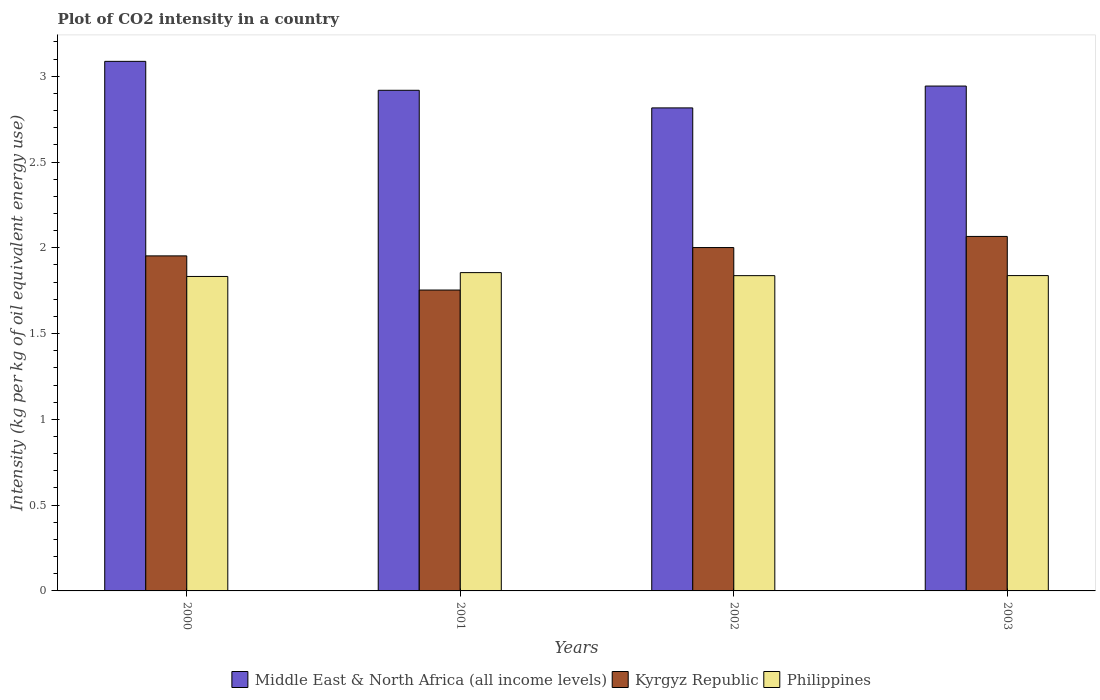
| Years | Middle East & North Africa (all income levels) | Kyrgyz Republic | Philippines |
 | --- | --- | --- | --- |
 | 2000 | 3.09 | 1.95 | 1.83 |
 | 2001 | 2.92 | 1.75 | 1.86 |
 | 2002 | 2.82 | 2 | 1.84 |
 | 2003 | 2.94 | 2.07 | 1.84 |